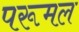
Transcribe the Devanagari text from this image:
परूमल